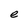
Character: e